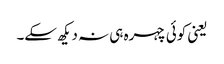
یعنی کوئی چہرہ ہی نہ دیکھ سکے۔